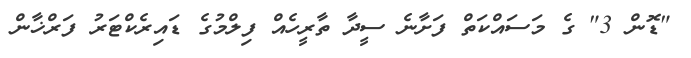
"ޑޮން 3" ގެ މަސައްކަތް ފަށާނެ ސީދާ ތާރީހެއް ފިލްމުގެ ޑައިރެކްޓަރު ފަރްޚާން